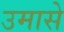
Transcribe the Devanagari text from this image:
उमासे